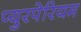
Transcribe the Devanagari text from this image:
प्युरपेरियम